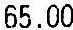
65.00